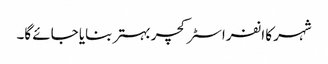
شہر کا انفراسٹرکچر بہتر بنایا جائے گا۔